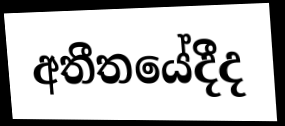
අතීතයේදීද